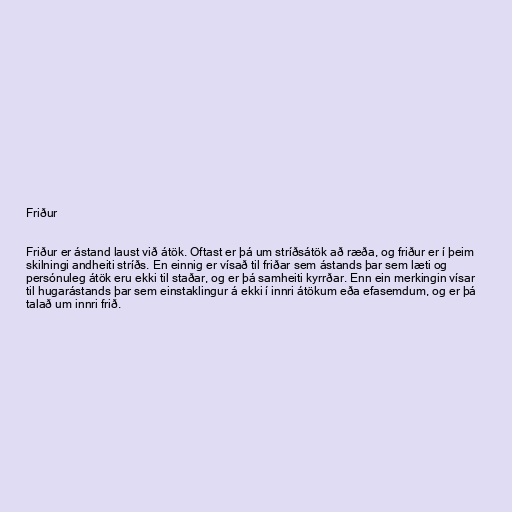
Friður

Friður er ástand laust við átök. Oftast er þá um stríðsátök að ræða, og friður er í þeim
skilningi andheiti stríðs. En einnig er vísað til friðar sem ástands þar sem læti og
persónuleg átök eru ekki til staðar, og er þá samheiti kyrrðar. Enn ein merkingin vísar
til hugarástands þar sem einstaklingur á ekki í innri átökum eða efasemdum, og er þá
talað um innri frið.